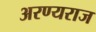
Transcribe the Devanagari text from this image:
अरण्यराज